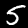
Digit: 5